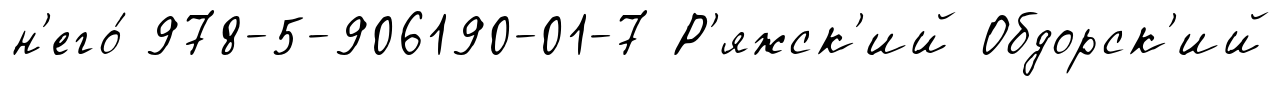
н'его́ 978-5-906190-01-7 Р'яжск'ий Обдорск'ий